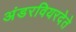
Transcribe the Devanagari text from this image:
अंडरवियरदेते